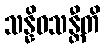
သန္နိဝသန္တီတိ